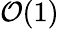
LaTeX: \mathcal{O}(1)